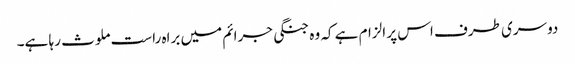
دوسری طرف اس پر الزام ہے کہ وہ جنگی جرائم میں براہ راست ملوث رہا ہے۔